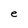
Character: e